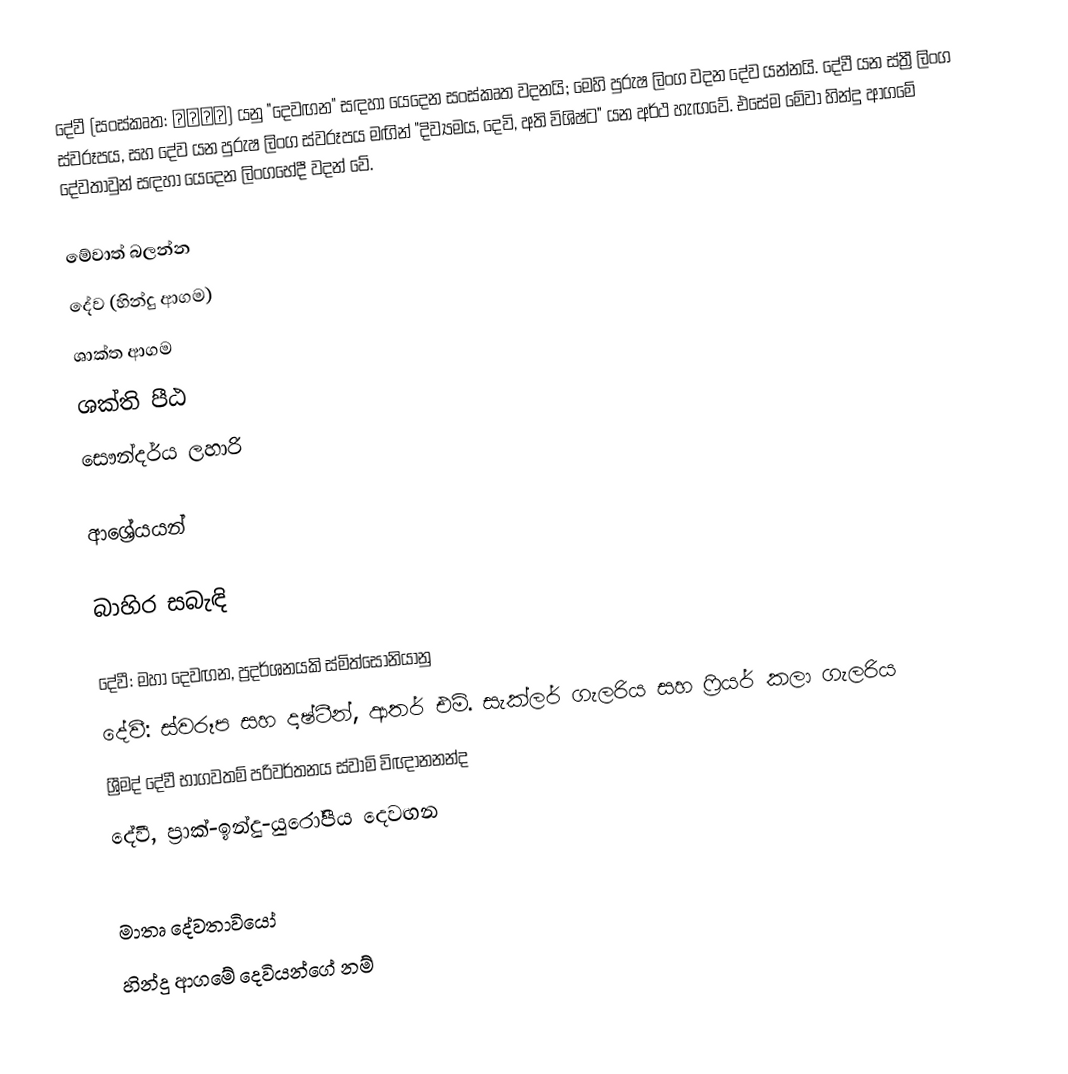
දේවී  (සංස්කෘත:  देवी) යනු "දෙවඟන" සඳහා යෙදෙන සංස්කෘත වදනයි; මෙහි පුරුෂ ලිංග වදන දේව යන්නයි. දේවී යන ස්ත්‍රී ලිංග ස්වරූපය, සහ දේව යන පුරුෂ ලිංග ස්වරූපය මඟින් "දිව්‍යමය, දෙවි, අති විශිෂ්ට" යන අර්ථ හැඟවේ. එසේම මේවා හින්දු ආගමේ දේවතාවුන් සඳහා යෙදෙන ලිංගභේදී වදන් වේ.

මේවාත් බලන්න
දේව (හින්දු ආගම)
ශාක්ත ආගම
ශක්ති පීඨ
සෞන්දර්ය ලහාරි

ආශ්‍රේයයන්

බාහිර සබැඳි

 දේවී: මහා දෙවඟන, ප්‍රදර්ශනයකි ස්මිත්සෝනියානු
 දේවී: ස්වරූප සහ දෘෂ්ටීන්, ආතර් එම්. සැක්ලර් ගැලරිය සහ ෆ්‍රියර් කලා ගැලරිය
 ශ්‍රීමද් දේවී භාගවතම් පරිවර්තනය ස්වාමි විඥානනන්ද
 දේවී, ප්‍රාක්-ඉන්දු-යුරෝපීය දෙවඟන

මාතෘ දේවතාවියෝ
හින්දු ආගමේ දෙවියන්ගේ නම්